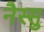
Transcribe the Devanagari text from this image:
नैस्सु